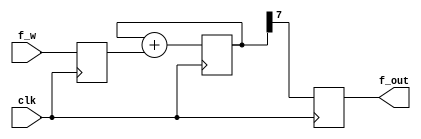
module Divider_baseOnAdder (
    clk,f_w,f_out
);
    parameter n = 8;
    input clk;
    input[n-1:0] f_w;
    output reg f_out;

    reg[n-1:0] f_word;
    reg[n-1:0] acc = 0;
always @(posedge clk ) begin
    acc <= acc + f_word;
    f_out <= acc[n-1];
end
always @(posedge clk ) begin
    f_word <= f_w;
end
endmodule